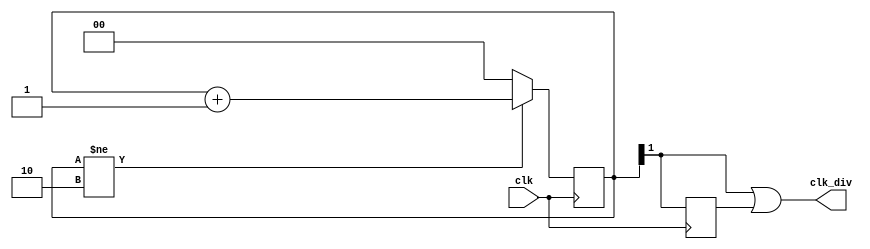
`timescale 1ns / 1ps

module clock_div_by3
(
input clk,
output  clk_div  );
    
reg [1:0] count=0;
wire count_out;
reg ff_out;

always @(posedge clk)begin
	if(count != (2)) count<=count+1;
	else count<=0;
	end
	
assign count_out=count[1];

always @(negedge clk)begin
	ff_out<=count[1];
	end

assign clk_div = count_out | ff_out ;
endmodule